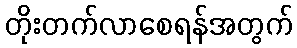
တိုးတက်လာစေရန်အတွက်